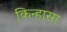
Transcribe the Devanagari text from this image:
किन्हासा